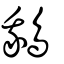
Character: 鵝